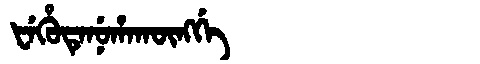
Manchu: ᡶᡝᡥᡠᡨᡝᠨᡠᡥᠠᡴᡡᠩᡤᡝ
Romanization: FEHUTENUHAKŪNGGE